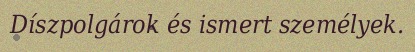
Díszpolgárok és ismert személyek.